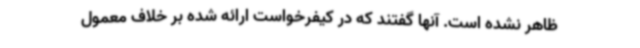
ظاهر نشده است. آنها گفتند که در کیفرخواست ارائه شده بر خلاف معمول